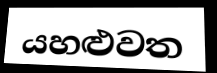
යහළුවත